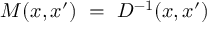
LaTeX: M ( x , x ^ { \prime } ) \ = \ D ^ { - 1 } ( x , x ^ { \prime } )